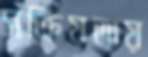
সক্রিয়তায়